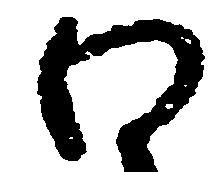
わ